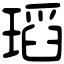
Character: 瑫